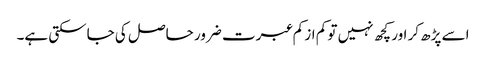
اسے پڑھ کر اور کچھ نہیں تو کم از کم عبرت ضرور حاصل کی جاسکتی ہے۔